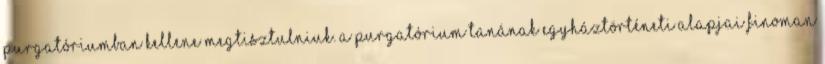
purgatóriumban kellene megtisztulniuk. A purgatórium tanának egyháztörténeti alapjai finoman